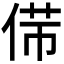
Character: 𠊃